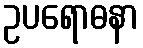
ဥပရောဓနာ